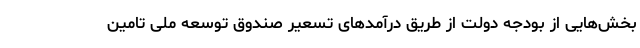
بخش‌هایی از بودجه دولت از طریق درآمدهای تسعیر صندوق توسعه ملی تامین